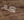
كم